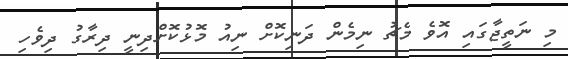
މި ނަތީޖާގައި އޮވެ މެޗު ނިމެން ދަނިކޮށް ނިއު މޮޅުކޮށްދިނީ ދިރާގު ދިވެހި